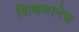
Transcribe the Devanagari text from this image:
शिक्षणानेच